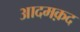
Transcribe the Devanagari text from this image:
आदमक़द